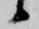
候